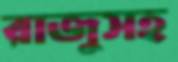
রাজুসহ